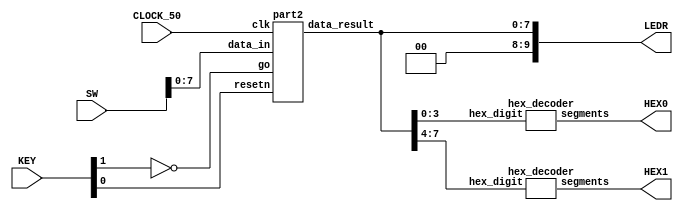
module poly_function(SW, KEY, CLOCK_50, LEDR, HEX0, HEX1);
    input [9:0] SW;
    input [3:0] KEY;
    input CLOCK_50;
    output [9:0] LEDR;
    output [6:0] HEX0, HEX1;

    wire resetn;
    wire go;

    wire [7:0] data_result;
    assign go = ~KEY[1];
    assign resetn = KEY[0];

    part2 u0(
        .clk(CLOCK_50),
        .resetn(resetn),
        .go(go),
        .data_in(SW[7:0]),
        .data_result(data_result)
    );
      
    assign LEDR[9:0] = {2'b00, data_result};

    hex_decoder H0(
        .hex_digit(data_result[3:0]), 
        .segments(HEX0)
        );
        
    hex_decoder H1(
        .hex_digit(data_result[7:4]), 
        .segments(HEX1)
        );

endmodule

module part2(
    input clk,
    input resetn,
    input go,
    input [7:0] data_in,
    output [7:0] data_result
    );

    // lots of wires to connect our datapath and control
    wire ld_a, ld_b, ld_c, ld_x, ld_r;
    wire ld_alu_out;
    wire [1:0]  alu_select_a, alu_select_b;
    wire alu_op;

    control C0(
        .clk(clk),
        .resetn(resetn),
        
        .go(go),
        
        .ld_alu_out(ld_alu_out), 
        .ld_x(ld_x),
        .ld_a(ld_a),
        .ld_b(ld_b),
        .ld_c(ld_c), 
        .ld_r(ld_r), 
        
        .alu_select_a(alu_select_a),
        .alu_select_b(alu_select_b),
        .alu_op(alu_op)
    );

    datapath D0(
        .clk(clk),
        .resetn(resetn),

        .ld_alu_out(ld_alu_out), 
        .ld_x(ld_x),
        .ld_a(ld_a),
        .ld_b(ld_b),
        .ld_c(ld_c), 
        .ld_r(ld_r), 

        .alu_select_a(alu_select_a),
        .alu_select_b(alu_select_b),
        .alu_op(alu_op),

        .data_in(data_in),
        .data_result(data_result)
    );
                
 endmodule        
                

module control(
    input clk,
    input resetn,
    input go,

    output reg  ld_a, ld_b, ld_c, ld_x, ld_r,
    output reg  ld_alu_out,
    output reg [1:0]  alu_select_a, alu_select_b,
    output reg alu_op
    );

    reg [3:0] current_state, next_state; 
    
    localparam  S_LOAD_A        = 4'd0,
                S_LOAD_A_WAIT   = 4'd1,
                S_LOAD_B        = 4'd2,
                S_LOAD_B_WAIT   = 4'd3,
                S_LOAD_C        = 4'd4,
                S_LOAD_C_WAIT   = 4'd5,
                S_LOAD_X        = 4'd6,
                S_LOAD_X_WAIT   = 4'd7,
                S_CYCLE_0       = 4'd8,
                S_CYCLE_1       = 4'd9,
                S_CYCLE_2       = 4'd10,
			    S_CYCLE_3       = 4'd11,
				S_CYCLE_4       = 4'd12;
    
    // Next state logic aka our state table
    always@(*)
    begin: state_table 
            case (current_state)
                S_LOAD_A: next_state = go ? S_LOAD_A_WAIT : S_LOAD_A; 
                S_LOAD_A_WAIT: next_state = go ? S_LOAD_A_WAIT : S_LOAD_B; 
                S_LOAD_B: next_state = go ? S_LOAD_B_WAIT : S_LOAD_B; 
                S_LOAD_B_WAIT: next_state = go ? S_LOAD_B_WAIT : S_LOAD_C; 
                S_LOAD_C: next_state = go ? S_LOAD_C_WAIT : S_LOAD_C; 
                S_LOAD_C_WAIT: next_state = go ? S_LOAD_C_WAIT : S_LOAD_X; 
                S_LOAD_X: next_state = go ? S_LOAD_X_WAIT : S_LOAD_X; 
                S_LOAD_X_WAIT: next_state = go ? S_LOAD_X_WAIT : S_CYCLE_0; 
                S_CYCLE_0: next_state = S_CYCLE_1;
                S_CYCLE_1: next_state = S_CYCLE_2;
				S_CYCLE_2: next_state = S_CYCLE_3;
				S_CYCLE_3: next_state = S_CYCLE_4;
				S_CYCLE_4: next_state = S_LOAD_A;
	            default:   next_state = S_LOAD_A;
        endcase
    end // state_table
   
    // Output logic aka all of our datapath control signals
    always @(*)
    begin: enable_signals
        // By default make all our signals 0
        ld_alu_out = 1'b0;
        ld_a = 1'b0;
        ld_b = 1'b0;
        ld_c = 1'b0;
        ld_x = 1'b0;
        ld_r = 1'b0;
        alu_select_a = 2'b00;
        alu_select_b = 2'b00;
        alu_op       = 1'b0;

        case (current_state)
            S_LOAD_A: begin
                ld_a = 1'b1;
                end
            S_LOAD_B: begin
                ld_b = 1'b1;
                end
            S_LOAD_C: begin
                ld_c = 1'b1;
                end
            S_LOAD_X: begin
                ld_x = 1'b1;
                end
            S_CYCLE_0: begin // RB <- BX
                ld_alu_out = 1'b1; ld_b = 1'b1; // store result back into RB
                alu_select_a = 2'b01; // Select register B
                alu_select_b = 2'b11; // Select register x
                alu_op = 1'b1; // Multiply operation     Bx
            end
            S_CYCLE_1: begin // RB <- Bx + A
                ld_alu_out = 1'b1; ld_b = 1'b1; // store result back into RB
                alu_select_a = 2'b01; // Select register B
                alu_select_b = 2'b00; // Select register A
                alu_op = 1'b0; // Multiply operation         Bx + A
            end
            S_CYCLE_2: begin // RA <- CX
                ld_alu_out = 1'b1; ld_a = 1'b1;// store result back into RA
                alu_select_a = 2'b10; // Select register C
                alu_select_b = 2'b11; // Select register X
                alu_op = 1'b1; // Multiply operation      CX
            end
            S_CYCLE_3: begin // RA <- CX^2
                ld_alu_out = 1'b1; ld_a = 1'b1; // store result back into RB
                alu_select_a = 2'b00; // Select register A       CX
                alu_select_b = 2'b11; // Select register X     x
                alu_op = 1'b1; // Addition operation             CX^2
            end

            S_CYCLE_4: begin    //r <- Cx^2 + Bx + A
                ld_r = 1'b1; // store result in result register
                alu_select_a = 2'b01; // Select register B
                alu_select_b = 2'b00; // Select register A
                alu_op = 1'b0; //Addition             Cx^2 + Bx + A
            end
        endcase
    end // enable_signals
   
    // current_state registers
    always@(posedge clk)
    begin: state_FFs
        if(!resetn)
            current_state <= S_LOAD_A;
        else
            current_state <= next_state;
    end // state_FFS
endmodule

module datapath(
    input clk,
    input resetn,
    input [7:0] data_in,
    input ld_alu_out, 
    input ld_x, ld_a, ld_b, ld_c,
    input ld_r,
    input alu_op, 
    input [1:0] alu_select_a, alu_select_b,
    output reg [7:0] data_result
    );
    
    // input registers
    reg [7:0] a, b, c, x;

    // output of the alu
    reg [7:0] alu_out;
    // alu input muxes
    reg [7:0] alu_a, alu_b;
    
    // Registers a, b, c, x with respective input logic
    always @ (posedge clk) begin
        if (!resetn) begin
            a <= 8'd0; 
            b <= 8'd0; 
            c <= 8'd0; 
            x <= 8'd0; 
        end
        else begin
            if (ld_a)
                a <= ld_alu_out ? alu_out : data_in; 
                // load alu_out if load_alu_out signal is high, otherwise load from data_in
            if (ld_b)
                b <= ld_alu_out ? alu_out : data_in; 
                // load alu_out if load_alu_out signal is high, otherwise load from data_in
            if (ld_x)
                x <= data_in;
            if (ld_c)
                c <= data_in;
        end
    end
 
    // Output result register
    always @ (posedge clk) begin
        if (!resetn) 
	        begin
    	        data_result <= 8'd0; 
        	end
        else if (ld_r)
            data_result <= alu_out;
    end

    // The ALU input multiplexers
    always @(*)
    begin
        case (alu_select_a)
            2'd0: alu_a = a;
            2'd1: alu_a = b;
            2'd2: alu_a = c;
            2'd3: alu_a = x;
            default: alu_a = 8'd0;
        endcase

        case (alu_select_b)
            2'd0: alu_b = a;
            2'd1: alu_b = b;
            2'd2: alu_b = c;
            2'd3: alu_b = x;
            default: alu_b = 8'd0;
        endcase
    end

    // The ALU 
    always @(*)
    begin : ALU
        case (alu_op)
            0: begin
                   alu_out = alu_a + alu_b; //performs addition
               end
            1: begin
                   alu_out = alu_a * alu_b; //performs multiplication
               end
            default: alu_out = 8'd0;
        endcase
    end
    
endmodule

module hex_decoder(hex_digit, segments);
    input [3:0] hex_digit;
    output reg [6:0] segments;
   
    always @(*)
        case (hex_digit)
            4'h0: segments = 7'b100_0000;
            4'h1: segments = 7'b111_1001;
            4'h2: segments = 7'b010_0100;
            4'h3: segments = 7'b011_0000;
            4'h4: segments = 7'b001_1001;
            4'h5: segments = 7'b001_0010;
            4'h6: segments = 7'b000_0010;
            4'h7: segments = 7'b111_1000;
            4'h8: segments = 7'b000_0000;
            4'h9: segments = 7'b001_1000;
            4'hA: segments = 7'b000_1000;
            4'hB: segments = 7'b000_0011;
            4'hC: segments = 7'b100_0110;
            4'hD: segments = 7'b010_0001;
            4'hE: segments = 7'b000_0110;
            4'hF: segments = 7'b000_1110;   
            default: segments = 7'h7f;
        endcase
endmodule